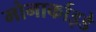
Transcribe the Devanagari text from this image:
मोनार्काइडे